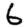
Digit: 6